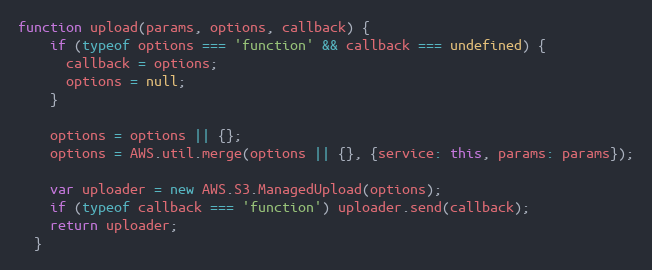
Language: JavaScript
function upload(params, options, callback) {
    if (typeof options === 'function' && callback === undefined) {
      callback = options;
      options = null;
    }

    options = options || {};
    options = AWS.util.merge(options || {}, {service: this, params: params});

    var uploader = new AWS.S3.ManagedUpload(options);
    if (typeof callback === 'function') uploader.send(callback);
    return uploader;
  }